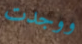
ووجدت